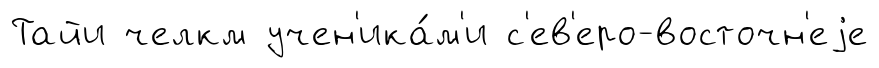
Тайи челкм учен'ика́м'и с'ев'еро-восточн'еjе